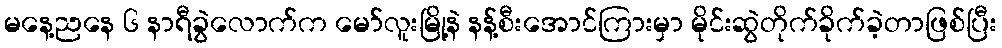
မနေ့ညနေ ၆ နာရီခွဲလောက်က မော်လူးမြို့နဲ နန့်စီးအောင်ကြားမှာ မိုင်းဆွဲတိုက်ခိုက်ခဲ့တာဖြစ်ပြီး